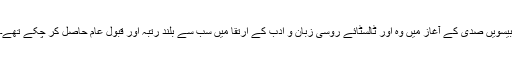
بیسویں صدی کے آغاز میں وہ اور ٹالسٹائے روسی زبان و ادب کے ارتقا میں سب سے بلند رتبہ اور قبول عام حاصل کر چکے تھے۔